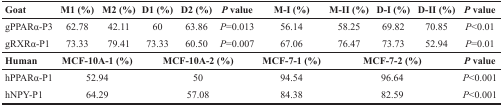
<table><thead><tr><td><b>Goat</b></td><td><b>M1 (%)</b></td><td><b>M2 (%)</b></td><td><b>D1 (%)</b></td><td><b>D2 (%)</b></td><td><b><i>P</i> value</b></td><td><b>M-I (%)</b></td><td><b>M-II (%)</b></td><td><b>D-I (%)</b></td><td><b>D-II (%)</b></td><td><b><i>P</i> value</b></td></tr></thead><tbody><tr><td>gPPARα-P3</td><td>62.78</td><td>42.11</td><td>60</td><td>63.86</td><td><i>P</i>=0.013</td><td>56.14</td><td>58.25</td><td>69.82</td><td>70.85</td><td><i>P</i>&lt;0.01</td></tr><tr><td>gRXRα-P1</td><td>73.33</td><td>79.41</td><td>73.33</td><td>60.50</td><td><i>P</i>=0.007</td><td>67.06</td><td>76.47</td><td>73.73</td><td>52.94</td><td><i>P</i>=0.01</td></tr><tr><td><b>Human</b></td><td colspan="2"><b>MCF-10A-1 (%)</b></td><td colspan="3"><b>MCF-10A-2 (%)</b></td><td><b>MCF-7-1 (%)</b></td><td colspan="3"><b>MCF-7-2 (%)</b></td><td><b><i>P</i> value</b></td></tr><tr><td>hPPARα-P1</td><td colspan="2">52.94</td><td colspan="3">50</td><td>94.54</td><td colspan="3">96.64</td><td><i>P</i>&lt;0.001</td></tr><tr><td>hNPY-P1</td><td colspan="2">64.29</td><td colspan="3">57.08</td><td>84.38</td><td colspan="3">82.59</td><td><i>P</i>&lt;0.001</td></tr></tbody></table>